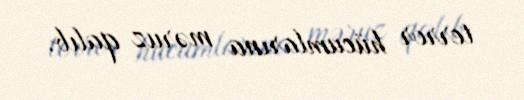
terror hücumlarına məruz qalıb.